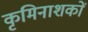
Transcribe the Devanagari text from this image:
कृमिनाशकों